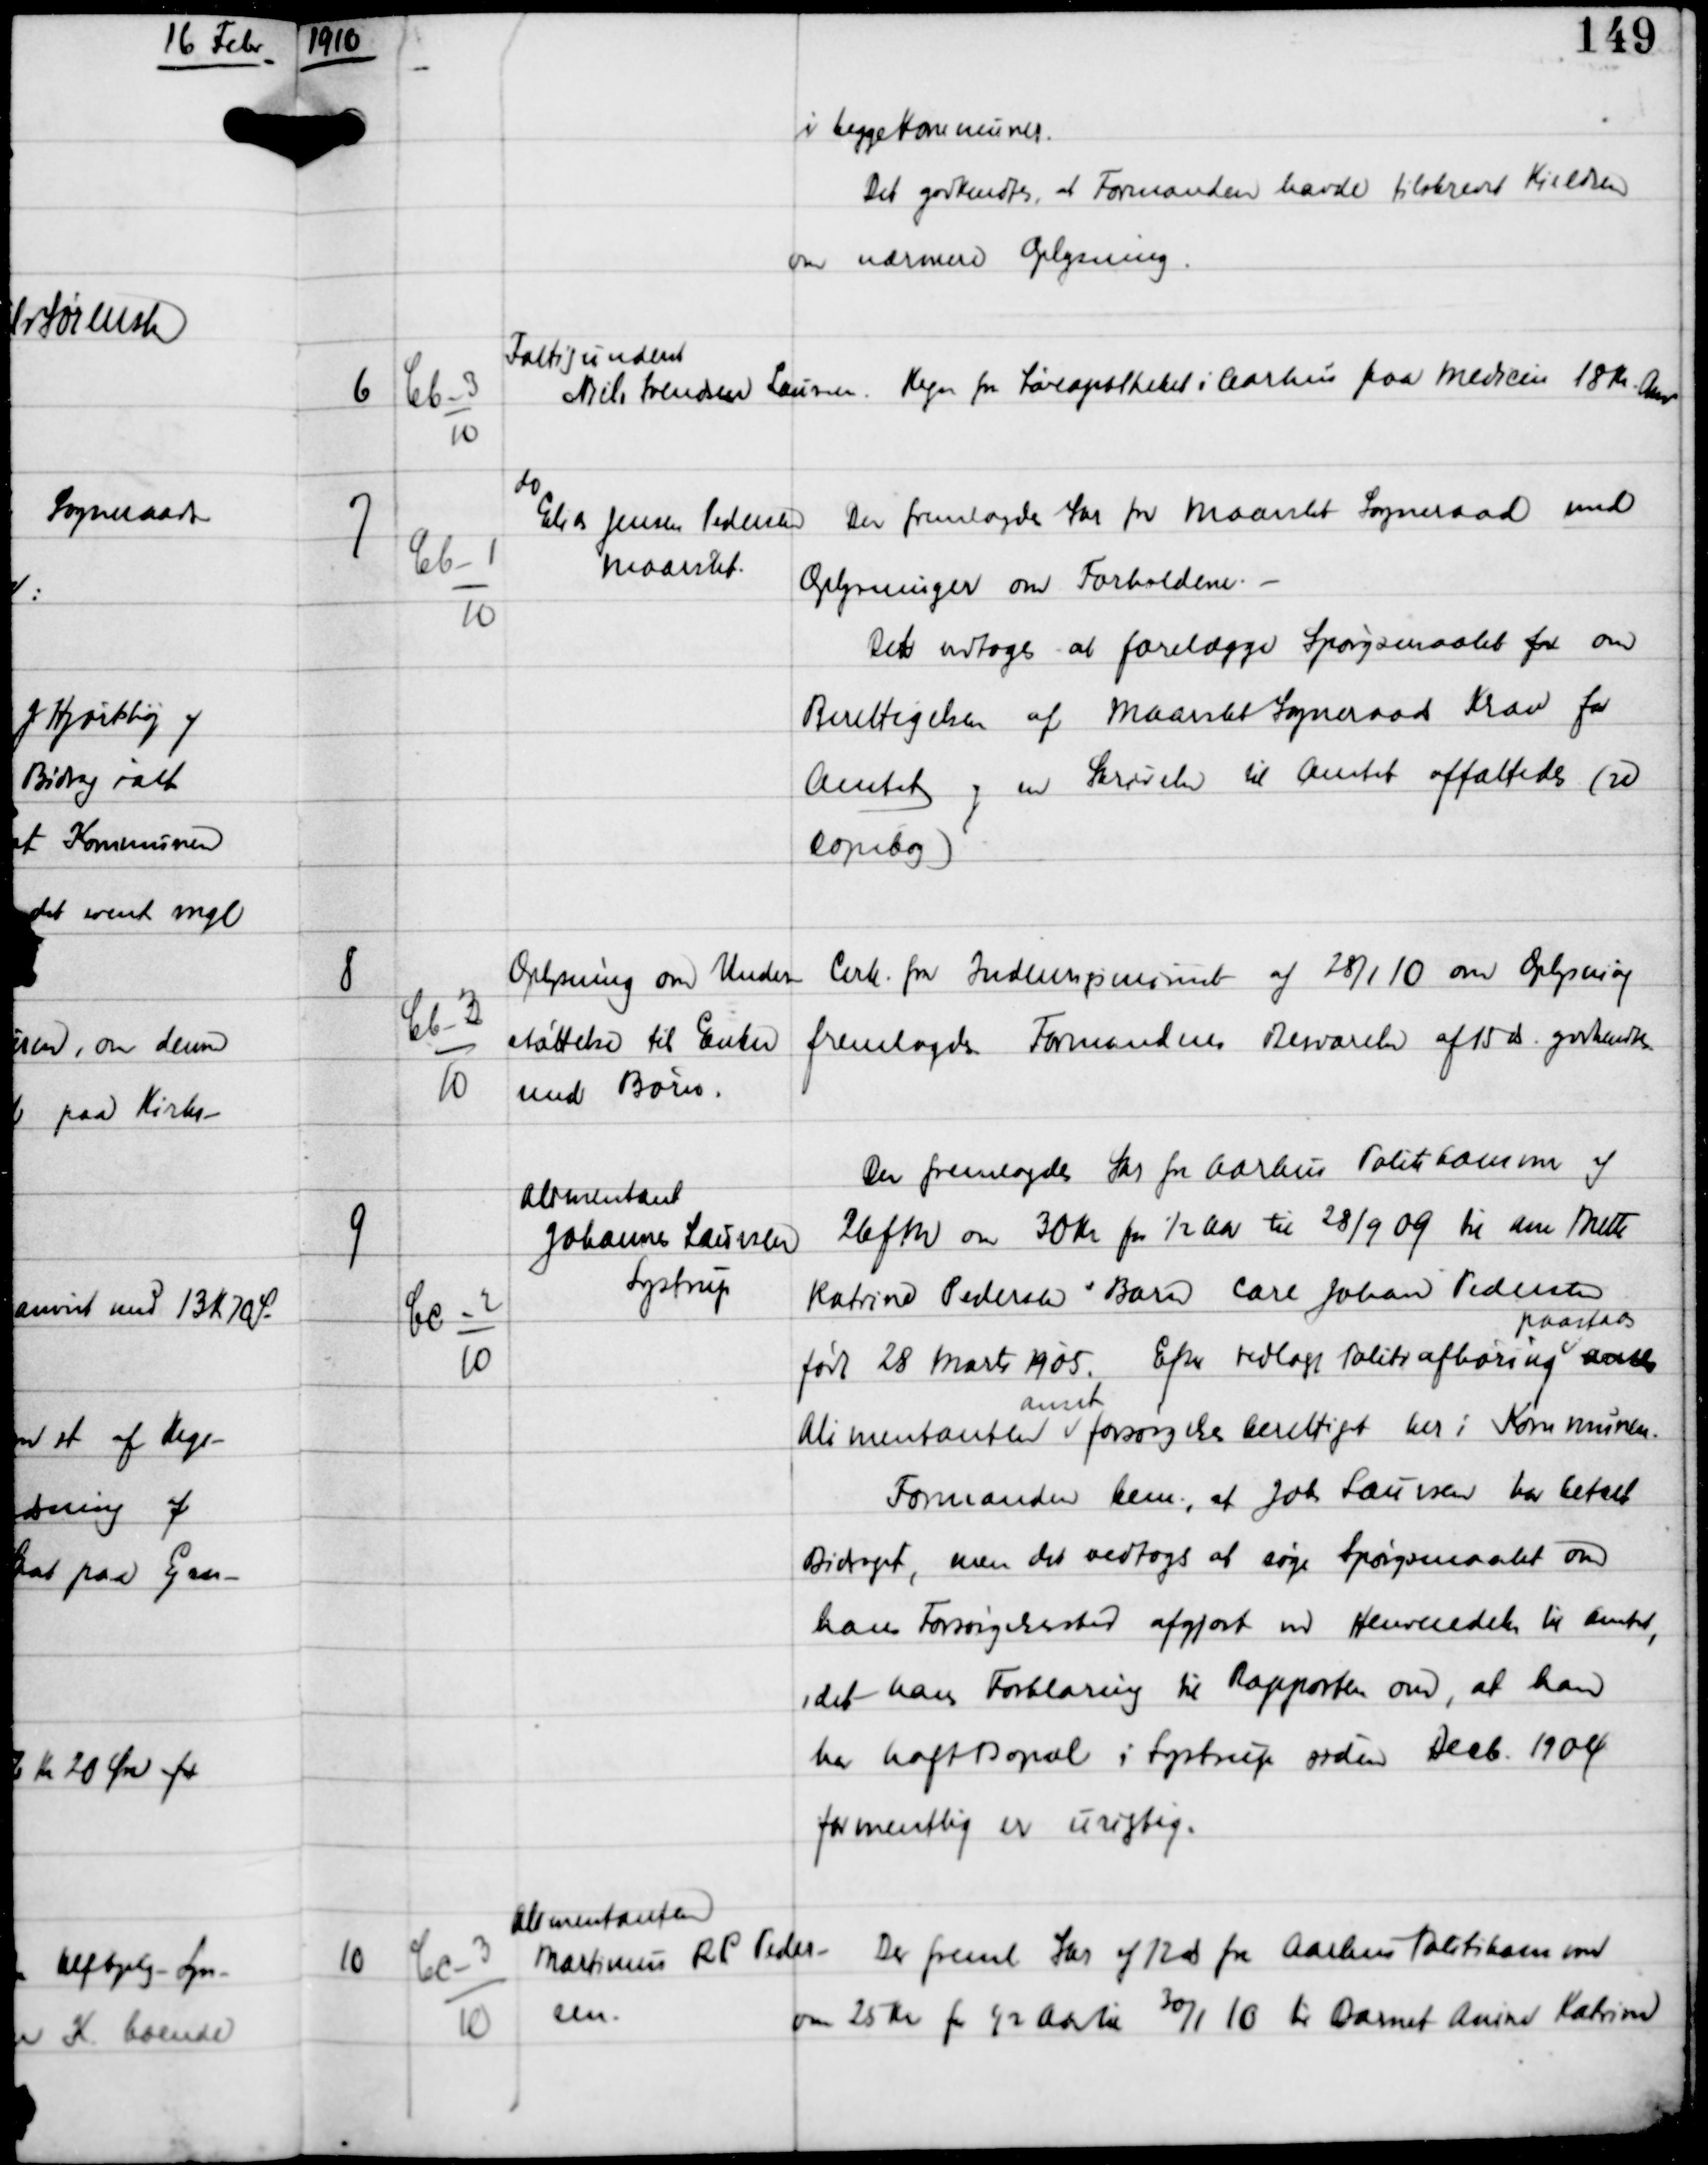
Transskription:
1910

i begge Kommuner
Det godkendtes, at Formanden havde tilskrevet Kieldsen
om nærmere Oplysning.

6

Cb-3
10

Fattigunderst
Niels Svendsen Laursen

Regn fra Løveapotheket i Aarhus paa Medicin 18 Kr. Anv

7

Cb-1
10

do
Elias Jensen Pedersen
Maaslet

Der fremlagdes Skr fra Maarslet Sogneraad med
Oplysninger om Forholdene. -
Det vedtoges at forelægge Spørgsmaalet for om
Berettigelsen af Maarslet Sogneraads Krav for
Amtet og en Skrivelse til Amtet affattedes (se
Copibog)

8.

Cb-3
10

Oplysning om Under-
støttelse til Enker
med Børn.

Cirk fra Indenrigsminist af 28/1 10 om Oplysning
fremlagdes. Formandens Besvarelse af 15 ds godkendtes

9

Cc-2
10

Alimentant
Johannes Laursen
Lystrup

Der fremlagdes Skr fra Aarhus Politikommune af
26 f.M om 30 Kr for ½ Aar til 28/9 09 til Ane Mette
Katrine Pedersens Barn Carl Johan Pedersen
født 28 Marts 1905. Efter vedlagt Politiafhøring
paastaas
anvxxx
Alimentanten
anset
forsørgelsesberettiget her i Kommunen.
Formanden bem, at Johs Laursen har betalt
Bidraget, men det vedtoges at søge Spørgsmaalet om
hans Forsørgelsessted afgjort ved Henvendelse til Amtet,
idet hans Forklaring til Rapporten om, at han
har haft Bopæl i Lystrup siden Decb 1904
formentlig er urigtig.

10

Cc-3
10

Alimentanten
Martinuss R P Peder-
sen.

Der freml Skr af 12 ds fra Aarhus Politikammer
om 25 Kr for ½ Aar til 30/1 10 til Barnet Anine Katrine